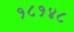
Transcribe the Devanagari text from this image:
१८१४८